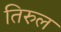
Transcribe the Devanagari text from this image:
तिरुल